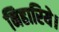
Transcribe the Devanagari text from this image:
निहारिये।